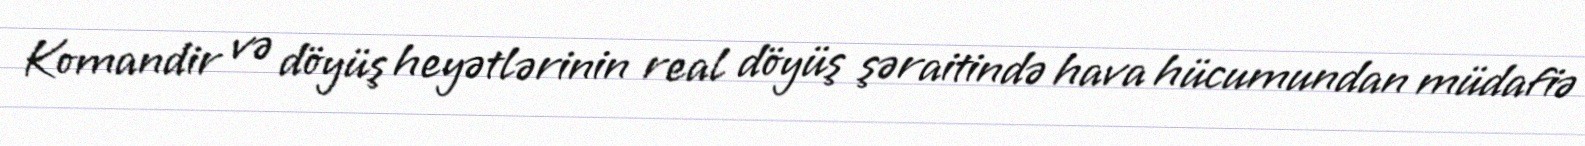
Komandir və döyüş heyətlərinin real döyüş şəraitində hava hücumundan müdafiə